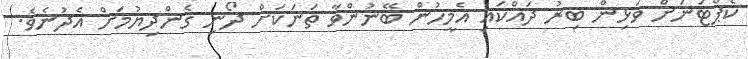
ކެޕްޓަނަށް ވަޅިން ބިރު ދައްކައި އެމީހުން ބޭނުންވާ ތަނަކަށް ދޯނި ގެންދިޔުމަށް އެދުނެވެ.